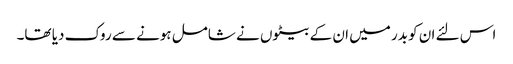
اس لئے ان کو بدر میں ان کے بیٹوں نے شامل ہونے سے روک دیا تھا۔